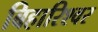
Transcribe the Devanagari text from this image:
बिहारिश्वर